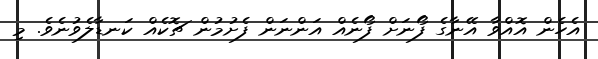
އެހެން އޮއްވާ އޭނާގެ ފޯނަށް ފޯނެއް އަންނަން ފެށުމުން ޗޮކެއް ކަނޑާލެވުނެވެ. މި